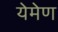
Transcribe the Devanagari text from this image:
येमेण